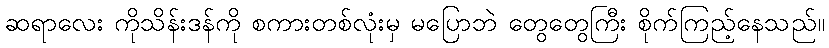
ဆရာလေး ကိုသိန်းဒန်ကို စကားတစ်လုံးမှ မပြောဘဲ တွေတွေကြီး စိုက်ကြည့်နေသည်။